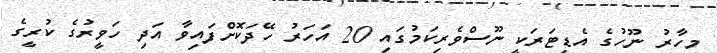
މިހާރު ނޫހުގެ އެޑިޓަރަކީ ނޫސްވެރިކަމުގައި 20 އަހަރު ހޭދަކޮށްފައިވާ އަދި ހަވީރުގެ ކުރީގެ